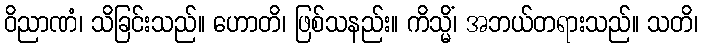
ဝိညာဏံ၊ သိခြင်းသည်။ ဟောတိ၊ ဖြစ်သနည်း။ ကိသ္မိံ၊ အဘယ်တရားသည်။ သတိ၊